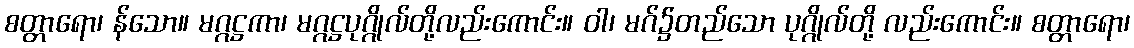
စတ္တာရော၊ န်သော။ မဂ္ဂဋ္ဌကာ၊ မဂ္ဂဋ္ဌပုဂ္ဂိုလ်တို့လည်းကောင်း။ ဝါ၊ မဂ်၌တည်သော ပုဂ္ဂိုလ်တို့ လည်းကောင်း။ စတ္တာရော၊